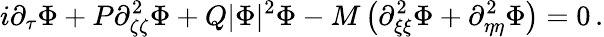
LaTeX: i\partial_{\tau}\Phi+P\partial_{\zeta\zeta}^{2}\Phi+Q|\Phi|^{2}\Phi-M\left(\partial_{\xi\xi}^{2}\Phi+\partial_{\eta\eta}^{2}\Phi\right)=0\, .